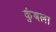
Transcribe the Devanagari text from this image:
कुंबला